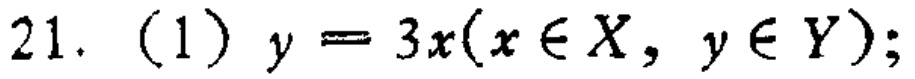
21. (1) \(y = 3x(x\in X, y\in Y);\)